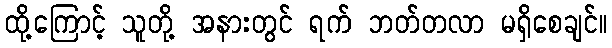
ထို့ကြောင့် သူတို့ အနားတွင် ရက် ဘတ်တလာ မရှိစေချင်။